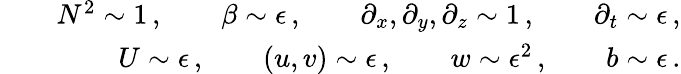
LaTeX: \begin{array}{rlr}&{}&{N^{2}\sim 1\, ,\qquad\beta\sim\epsilon\, ,\qquad\partial_{x},\partial_{y},\partial_{z}\sim 1\, ,\qquad\partial_{t}\sim\epsilon\, ,}\\ &{}&{U\sim\epsilon\, ,\qquad(u,v)\sim\epsilon\, ,\qquad w\sim\epsilon^{2}\, ,\qquad b\sim\epsilon\, .}\end{array}